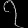
Digit: ၇